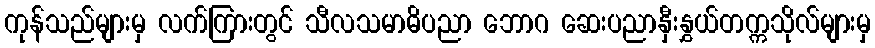
ကုန်သည်များမှ လက်ကြားတွင် သီလသမာဓိပညာ ဘောဂ ဆေးပညာနှီးနွှယ်တက္ကသိုလ်များမှ